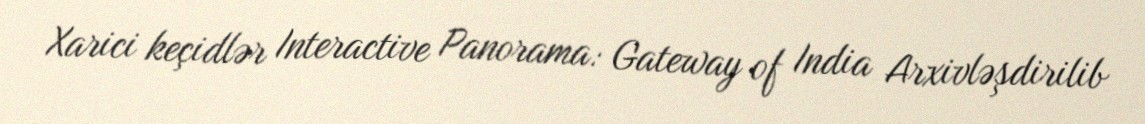
Xarici keçidlər Interactive Panorama: Gateway of India Arxivləşdirilib